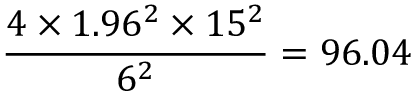
{ \frac { 4 \times 1 . 9 6 ^ { 2 } \times 1 5 ^ { 2 } } { 6 ^ { 2 } } } = 9 6 . 0 4